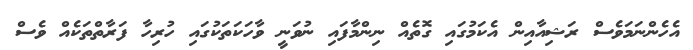
އެހެންނަމަވެސް ރަޝިއާއިން އެކަމުގައި ގޮތެއް ނިންމާފައި ނުވަނީ ވާހަކަތަކުގައި ހުރިހާ ފަރާތްތަކެއް ވެސް